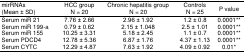
<table><thead><tr><td><b>mirRNAs (Mean ± SD)</b></td><td><b>HCC group N = 20</b></td><td><b>Chronic hepatitis group N = 20</b></td><td><b>Controls N = 25</b></td><td><b>P value</b></td></tr></thead><tbody><tr><td>Serum miR 21</td><td>7.76 ± 2.66</td><td>2.96 ± 1.92</td><td>1.2 ± 0.8</td><td>0.0001**</td></tr><tr><td>Serum miR 199-a</td><td>0.79 ± 0.62</td><td>2.15 ± 1.048</td><td>2.5 ± 1.01</td><td>0.0001**</td></tr><tr><td>Serum miR 155</td><td>10.25 ± 3.31</td><td>5.18 ± 2.45</td><td>1.1 ± 0.7</td><td>0.0001**</td></tr><tr><td>Serum PDCD4</td><td>12.78 ± 5.36</td><td>6.87 ± 1.76</td><td>4.37 ± 1.13</td><td>0.0001**</td></tr><tr><td>Serum CYTC</td><td>12.29 ± 4.87</td><td>7.63 ± 1.92</td><td>4.09 ± 0.92</td><td>0.01*</td></tr></tbody></table>